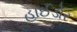
હાઈડોર